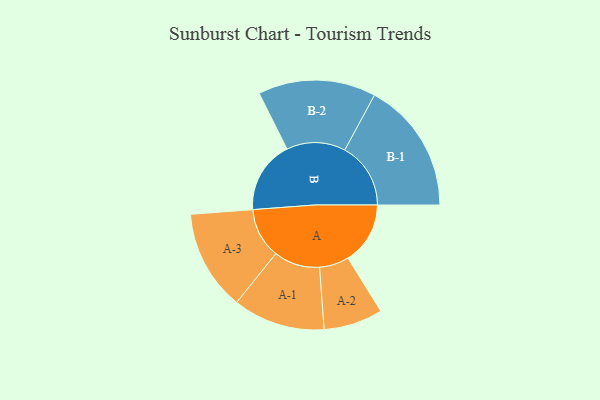
{"axis": {"x": "Segment", "y": "Value"}, "legend": ["", "A", "B"], "data": [{"x": "A", "y": 238, "type": ""}, {"x": "B", "y": 277, "type": ""}, {"x": "A-1", "y": 176, "type": "A"}, {"x": "A-2", "y": 113, "type": "A"}, {"x": "A-3", "y": 192, "type": "A"}, {"x": "B-1", "y": 252, "type": "B"}, {"x": "B-2", "y": 225, "type": "B"}]}